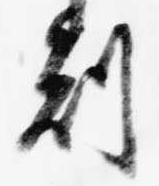
刻